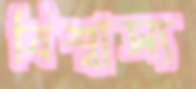
বিশ্বাস্য